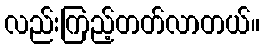
လည်းကြည့်တတ်လာတယ်။